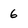
Character: 6